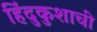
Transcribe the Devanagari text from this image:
हिंदुकुशाची